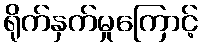
ရိုက်နှက်မှုကြောင့်